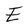
Character: E